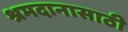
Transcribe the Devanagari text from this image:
श्रमदानासाठी